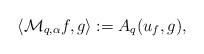
LaTeX: \begin{align*} \left\langle \mathcal{M}_{q,\alpha} f, g \right\rangle:= A_q (u_f, g),\end{align*}